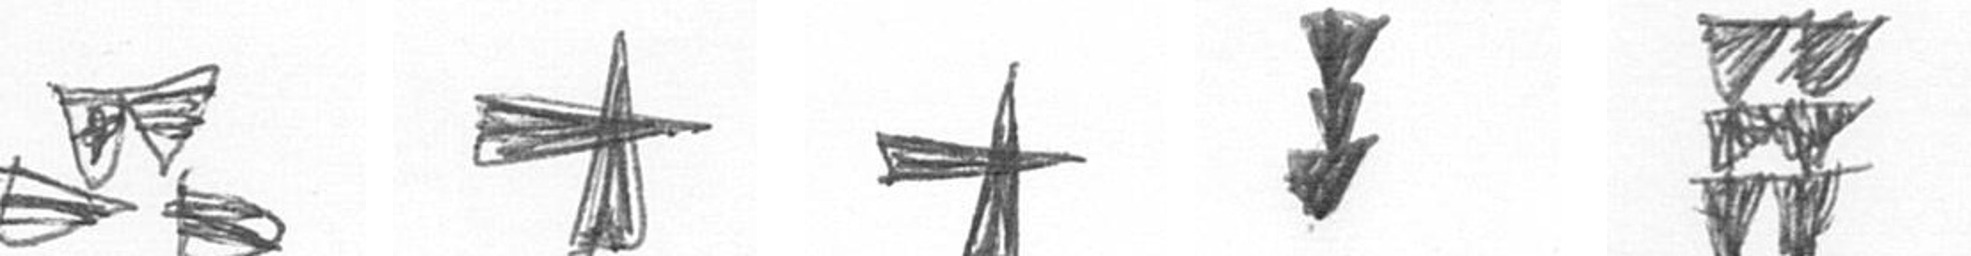
B G G E Y